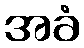
အခံ